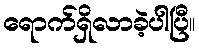
ရောက်ရှိလာခဲ့ပါပြီ။